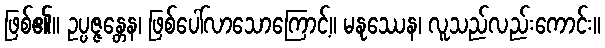
ဖြစ်၏။ ဥပ္ပဇ္ဇန္တေန၊ ဖြစ်ပေါ်လာသောကြောင့်။ မနုဿေန၊ လူသည်လည်းကောင်း။